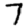
Digit: 7